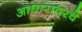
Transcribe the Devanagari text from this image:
आधारावरचे